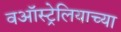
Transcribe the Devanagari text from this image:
वऑस्ट्रेलियाच्या